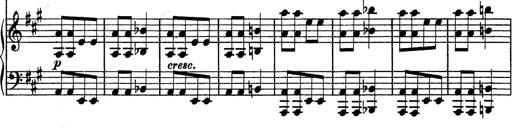
Title: Hungarian Rhapsody No.13
Composer: Franz Liszt
Key: A minor